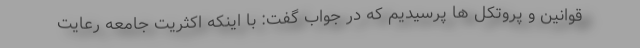
قوانین و پروتکل ها پرسیدیم که در جواب گفت: با اینکه اکثریت جامعه رعایت